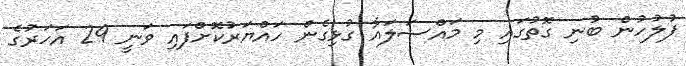
ފުލުހުން ބުނި ގޮތުގައި މި މައްސަލައާ ގުޅިގެން ހައްޔަރުކޮށްފައި ވަނީ 29 އަހަރުގެ